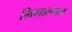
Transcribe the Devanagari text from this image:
मिगाल्गल